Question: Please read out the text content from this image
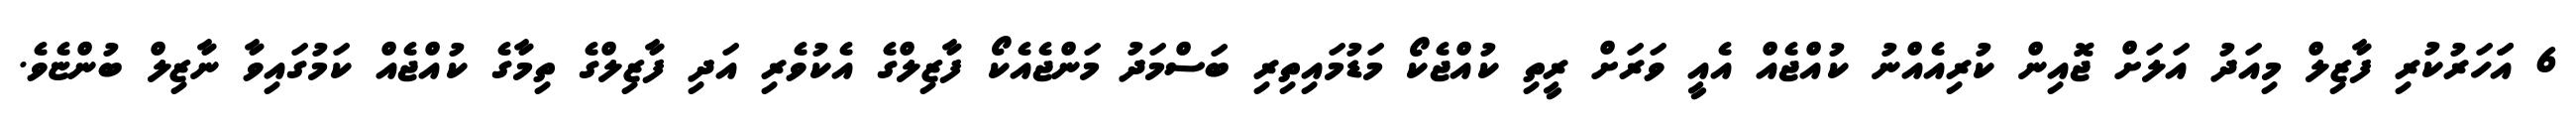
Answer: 6 އަަހަރުކުރި ފާޒިލް މިއަދު އަލަށް ޖޮއިން ކުރިއެއްނު ކުއްޖެއް އެއީ ވަރަށް ރީތި ކުއްޖެކޯ މަޑުމައިތިރި ބަސްމަދު މަންޖެއެކޯ ފާޒިލްގެ އެކުވެރި އަދި ފާޒިލްގެ ތިމާގެ ކުއްޖެއް ކަމުގައިވާ ނާޒިލް ބުންޏެވެ.